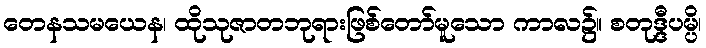
တေနသမယေန၊ ထိုသုဇာတဘုရားဖြစ်တော်မူသော ကာလ၌။ စတုဒ္ဒီပမ္ပိ၊